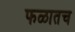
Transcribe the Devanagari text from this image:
फळातच